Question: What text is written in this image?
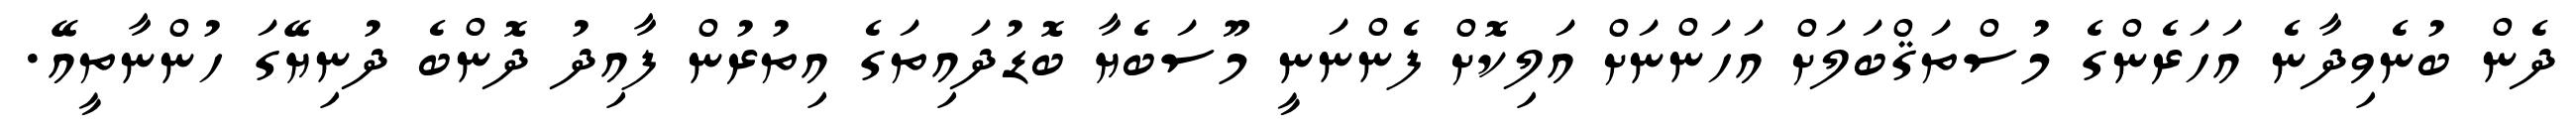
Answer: ދެން ބުނެވިދާނެ އަހަރެންގެ މުސްތަޤްބަލަށް އަހަންނަށް އަލިކޮށް ފެންނަނީ މޫސަބެޔާ ބޮޑުދައިތަގެ އިތުރުން ފާއިދު ދޮންބެ ދުނިޔޭގަ ހުންނާތީއޭ.